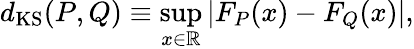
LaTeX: d_{\mathrm{KS}}(P,Q)\equiv\operatorname*{sup}_{x\in\mathbb{R}}\left|F_{P}(x)-F_{Q}(x)\right|,